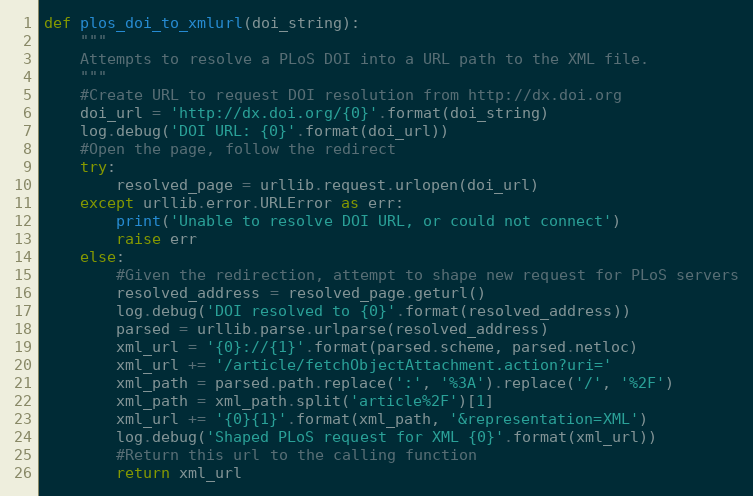
Language: Python
def plos_doi_to_xmlurl(doi_string):
    """
    Attempts to resolve a PLoS DOI into a URL path to the XML file.
    """
    #Create URL to request DOI resolution from http://dx.doi.org
    doi_url = 'http://dx.doi.org/{0}'.format(doi_string)
    log.debug('DOI URL: {0}'.format(doi_url))
    #Open the page, follow the redirect
    try:
        resolved_page = urllib.request.urlopen(doi_url)
    except urllib.error.URLError as err:
        print('Unable to resolve DOI URL, or could not connect')
        raise err
    else:
        #Given the redirection, attempt to shape new request for PLoS servers
        resolved_address = resolved_page.geturl()
        log.debug('DOI resolved to {0}'.format(resolved_address))
        parsed = urllib.parse.urlparse(resolved_address)
        xml_url = '{0}://{1}'.format(parsed.scheme, parsed.netloc)
        xml_url += '/article/fetchObjectAttachment.action?uri='
        xml_path = parsed.path.replace(':', '%3A').replace('/', '%2F')
        xml_path = xml_path.split('article%2F')[1]
        xml_url += '{0}{1}'.format(xml_path, '&representation=XML')
        log.debug('Shaped PLoS request for XML {0}'.format(xml_url))
        #Return this url to the calling function
        return xml_url